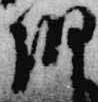
朝